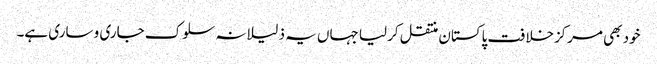
خود بھی مرکزخلافت پاکستان منتقل کرلیا جہاں یہ ذلیلانہ سلوک جاری و ساری ہے۔